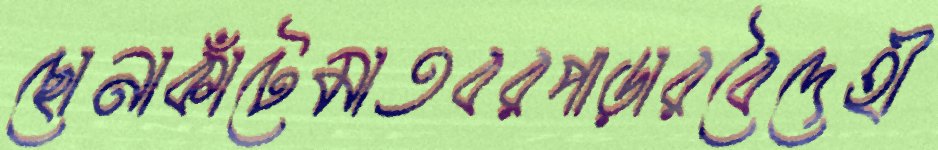
ছোনাকাঁটেমাতবরপাড়ারবৈদেহী